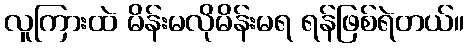
လူကြားထဲ မိန်းမလိုမိန်းမရ ရန်ဖြစ်ရဲတယ်။